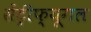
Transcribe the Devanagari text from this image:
सेंट्रीफ्यूगल